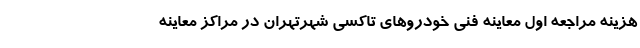
هزینه مراجعه اول معاینه فنی خودروهای تاکسی شهرتهران در مراکز معاینه